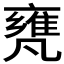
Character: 𠙰